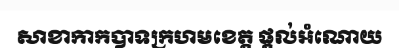
សាខាកាកបាទក្រហមខេត្ត ផ្តល់អំណោយ